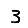
Digit: 3